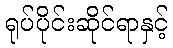
ရုပ်ပိုင်းဆိုင်ရာနှင့်